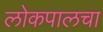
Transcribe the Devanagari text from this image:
लोकपालचा